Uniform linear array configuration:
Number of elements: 64
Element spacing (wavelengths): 0.5
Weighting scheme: binomial
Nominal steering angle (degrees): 45
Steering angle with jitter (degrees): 45.494
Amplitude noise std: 0.05
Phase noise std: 0.05

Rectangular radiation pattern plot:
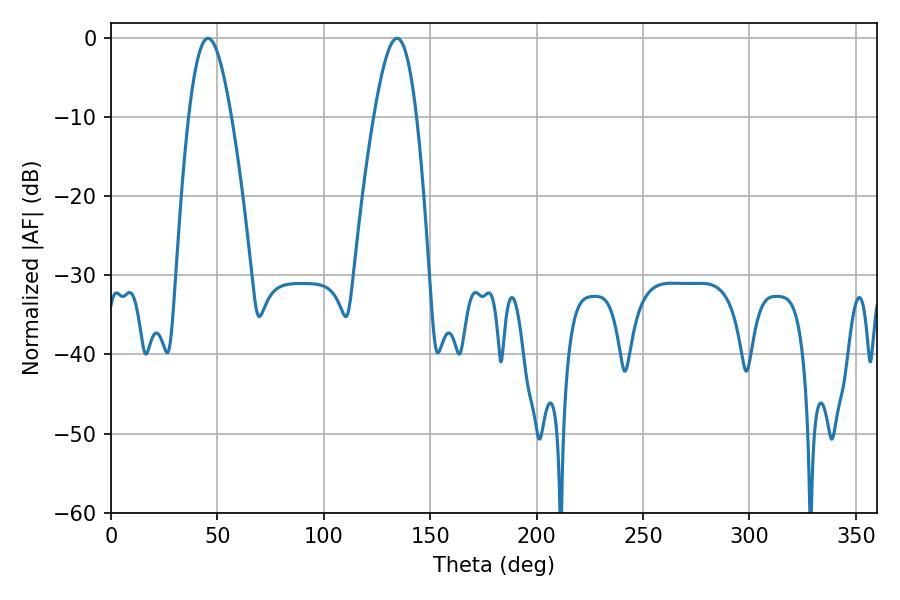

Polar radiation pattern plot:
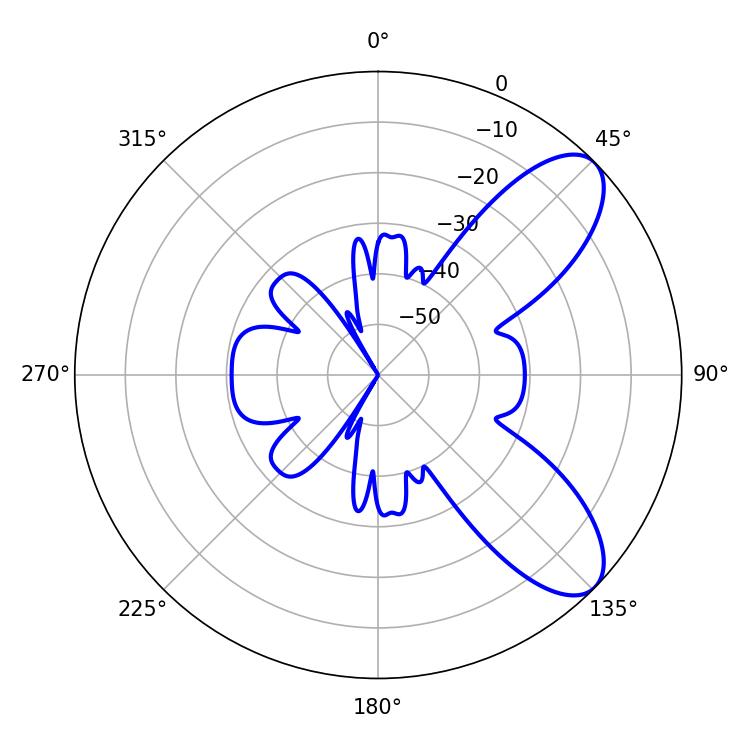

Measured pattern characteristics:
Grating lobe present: FALSE
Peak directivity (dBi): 8.318
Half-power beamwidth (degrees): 10.8
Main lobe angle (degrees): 45.54